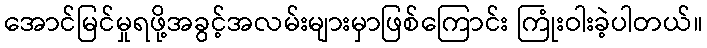
အောင်မြင်မှုရဖို့အခွင့်အလမ်းများမှာဖြစ်ကြောင်း ကြုံးဝါးခဲ့ပါတယ်။